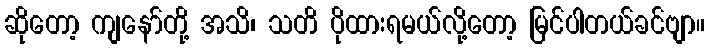
ဆိုတော့ ကျနော်တို့ အသိ၊ သတိ ပိုထားရမယ်လို့တော့ မြင်ပါတယ်ခင်ဗျာ။